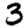
Digit: 3